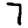
Digit: 7